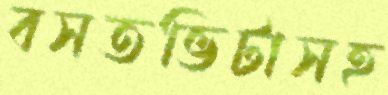
বসতভিটাসহ